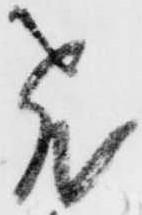
飛